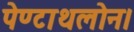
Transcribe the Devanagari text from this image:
पेण्टाथलोन।